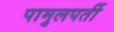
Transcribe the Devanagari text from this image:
पामुलपर्ती